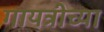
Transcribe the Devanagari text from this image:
गायत्रीच्या